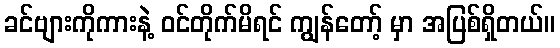
ခင်ဗျားကိုကားနဲ့ ဝင်တိုက်မိရင် ကျွန်တော့် မှာ အပြစ်ရှိတယ်။